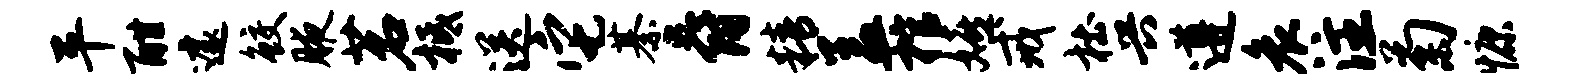
平酣遽鲛腋茗柢送它綦爵精盖棺嬉戒杜兴遵哀注菊慷